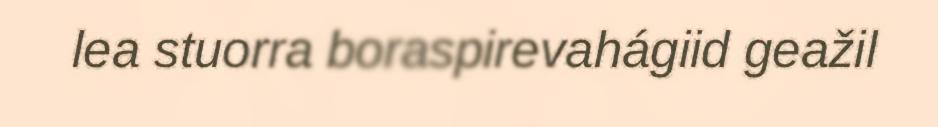
lea stuorra boraspirevahágiid geažil